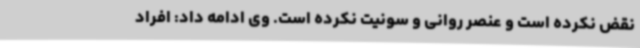
نقض نکرده است و عنصر روانی و سونیت نکرده است. وی ادامه داد: افراد